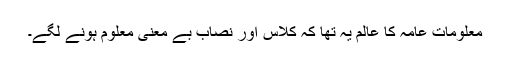
معلومات عامہ کا عالم یہ تھا کہ کلاس اور نصاب بے معنی معلوم ہونے لگے۔